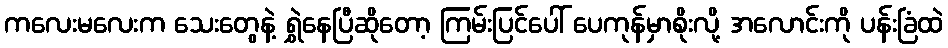
ကလေးမလေးက သေးတွေနဲ့ ရွှဲနေပြီဆိုတော့ ကြမ်းပြင်ပေါ် ပေကုန်မှာစိုးလို့ အလောင်းကို ပန်းခြံထဲ